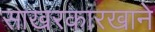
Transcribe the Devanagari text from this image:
साखरकारखाने